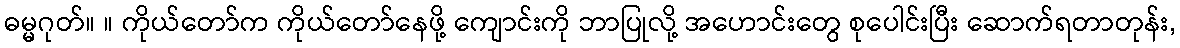
ဓမ္မဂုတ်။ ။ ကိုယ်တော်က ကိုယ်တော်နေဖို့ ကျောင်းကို ဘာပြုလို့ အဟောင်းတွေ စုပေါင်းပြီး ဆောက်ရတာတုန်း,